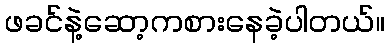
ဖခင်နဲ့ဆော့ကစားနေခဲ့ပါတယ်။